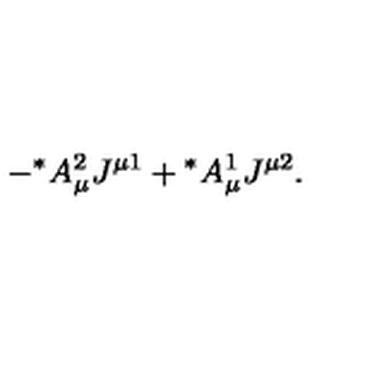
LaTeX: - { ^ \ast } A _ { \mu } ^ { 2 } J ^ { \mu 1 } + { ^ \ast } A _ { \mu } ^ { 1 } J ^ { \mu 2 } .